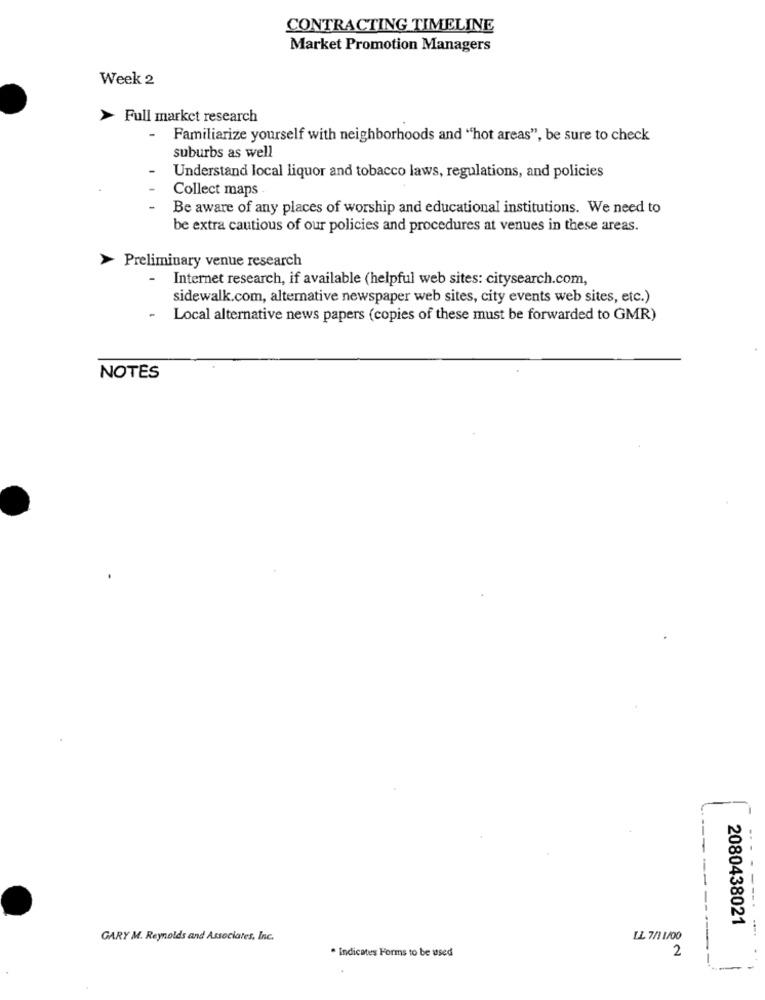
CONTRACTING TIMELINE
Market Promotion Managers
Week 2
>
Full market research
- Familiarize yourself with neighborhoods and "hot areas", be sure to check
suburbs as well
Understand local liquor and tobacco laws, regulations, and policies
Collect maps
Be aware of any places of worship and educational institutions. We need to
be extra cautious of our policies and procedures at venues in these areas.
Preliminary venue research
- Internet research, if available (helpful web sites: citysearch.com,
sidewalk.com, alternative newspaper web sites, city events web sites, etc.)
-
Local alternative news papers (copies of these must be forwarded to GMR)
NOTES
2080438021
GARY M. Reynolds and Associates, Inc.
LL 7/1 1/00
Indicates Forms to be used
2